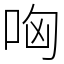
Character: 哅